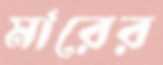
মারের